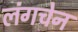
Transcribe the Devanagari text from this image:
लंगचेन